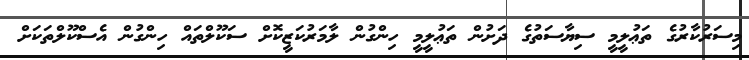
މިސަރުކާރުގެ ތަޢުލީމީ ސިޔާސަތުގެ ދަށުން ތަޢުލީމީ ހިންގުން ލާމަރުކަޒީކޮށް ސަކޫލްތައް ހިންގުން އެސްކޫލްތަކަށް